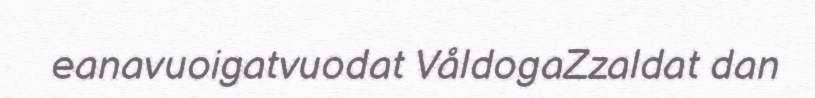
eanavuoigatvuodat VåldogaZzaldat dan